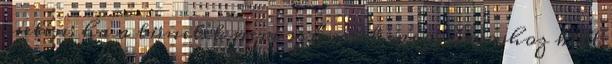
esetén: ha a tünetek nem szűnnek meg, orvoshoz kell